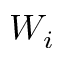
W _ { i }